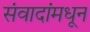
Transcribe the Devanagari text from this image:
संवादांमधून